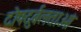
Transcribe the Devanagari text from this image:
दोषदुर्बलताओं